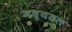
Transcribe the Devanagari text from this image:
मध्यतल